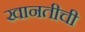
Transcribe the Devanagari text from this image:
खानतीची